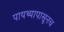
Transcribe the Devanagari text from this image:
पायथ्यापासूनच